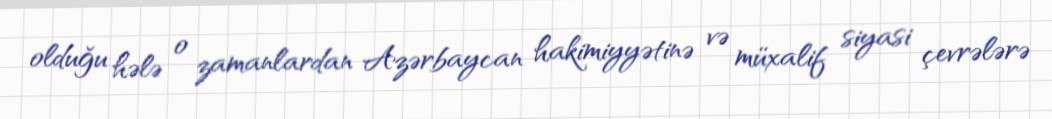
olduğu hələ o zamanlardan Azərbaycan hakimiyyətinə və müxalif siyasi çevrələrə